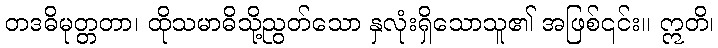
တဒဓိမုတ္တတာ၊ ထိုသမာဓိသို့ညွတ်သော နှလုံးရှိသောသူ၏ အဖြစ်၎င်း။ ဣတိ၊